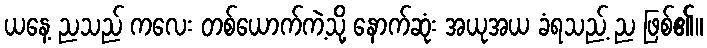
ယနေ့ ညသည် ကလေး တစ်ယောက်ကဲ့သို့ နောက်ဆုံး အယုအယ ခံရသည့် ည ဖြစ်၏။